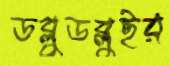
ডব্লুডব্লুইর